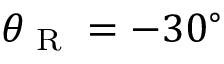
\theta _ { \textup { R } } = - 3 0 ^ { \circ }